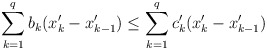
\begin{align*}\sum^q_{k=1} b_k (x'_{k} - x'_{k-1}) \leq \sum^q_{k=1} c'_k (x'_{k} - x'_{k-1})\end{align*}